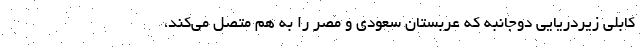
کابلی زیردریایی دوجانبه که عربستان سعودی و مصر را به هم متصل می‌کند،